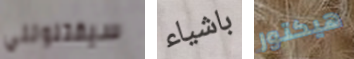
سيقتلونني باشياء هيكتور